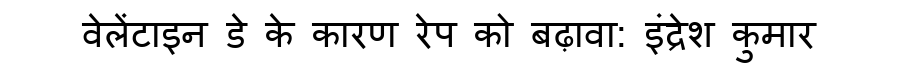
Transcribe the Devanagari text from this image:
वेलेंटाइन डे के कारण रेप को बढ़ावा: इंद्रेश कुमार